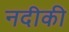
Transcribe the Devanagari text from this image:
नदीकी